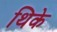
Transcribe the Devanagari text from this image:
थिके